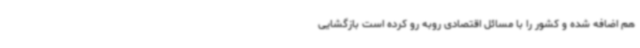
هم اضافه شده و کشور را با مسائل اقتصادی روبه رو کرده است بازگشایی